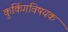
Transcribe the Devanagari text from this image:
कुकिंगविषयक